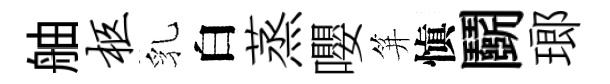
舳柩乳白蒸嚶笄愼鬬瑯